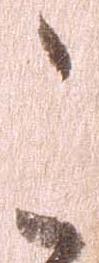
こ